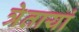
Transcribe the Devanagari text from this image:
त्रेतायां